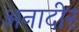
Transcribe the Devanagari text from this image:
अनादीर